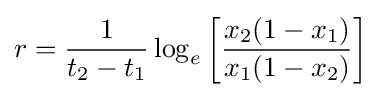
r={\frac {1}{t_{2}-t_{1}}}\log _{e}\left[{\frac {x_{2}(1-x_{1})}{x_{1}(1-x_{2})}}\right]